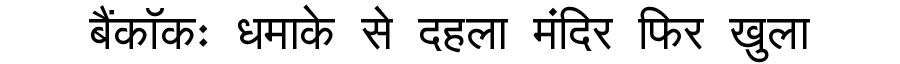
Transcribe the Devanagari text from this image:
बैंकॉकः धमाके से दहला मंदिर फिर खुला